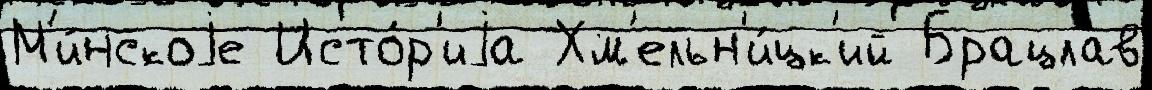
М'и́нскоjе Исто́р'иjа Хм'ельн'и́цк'ий Брацлав